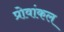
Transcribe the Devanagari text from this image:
प्रोवांकल